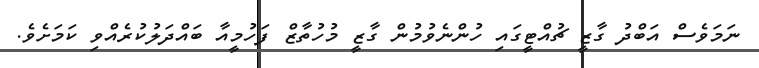
ނަމަވެސް އަބްދު ގާޒީ ޗުއްޓީގައި ހުންނެވުމުން ގާޒީ މުހުތާޒް ފަހުމީއާ ބައްދަލުކުރެއްވި ކަމަށެވެ.